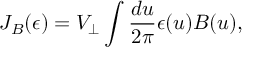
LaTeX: J _ { B } ( \epsilon ) = V _ { \perp } \int { \frac { d u } { 2 \pi } } \epsilon ( u ) B ( u ) ,